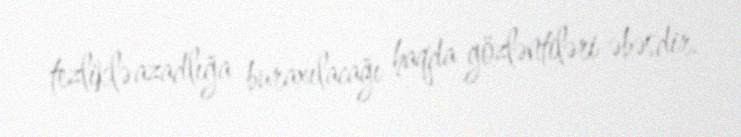
tezliklə azadlığa buraxılacağı haqda gözləntiləri əbəsdir.